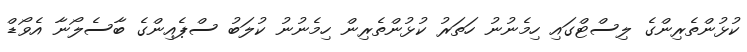
ކުޅުންތެރިންގެ ލިސްޓްގައި ހިމެނުނު ހަތަރު ކުޅުންތެރިން ހިމެނުނު ކުލަބު ސްޕެއިންގެ ބާސެލޯނާ އެވޯޑް